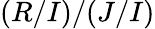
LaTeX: (R/I)/(J/I)